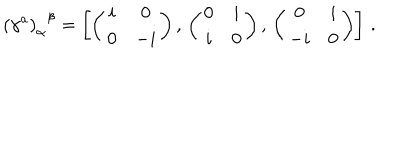
{ \left( \gamma ^ { a } \right) _ { \alpha } } ^ { \beta } = \left[ \left( \begin{array} { c c } { { i } } & { { 0 } } \\ { { 0 } } & { { - i } } \\ \end{array} \right) , \, \left( \begin{array} { c c } { { 0 } } & { { i } } \\ { { i } } & { { 0 } } \\ \end{array} \right) , \, \left( \begin{array} { c c } { { 0 } } & { { i } } \\ { { - i } } & { { 0 } } \\ \end{array} \right) \right] \, .